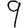
Digit: 9